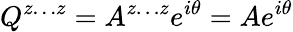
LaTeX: Q^{z\ldots z}=A^{z\ldots z}e^{i\theta}=Ae^{i\theta}